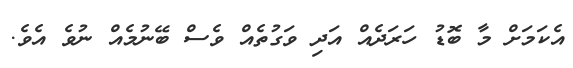
އެކަމަށް މާ ބޮޑު ހަރަދެއް އަދި ވަގުތެއް ވެސް ބޭނުމެއް ނުވެ އެވެ.